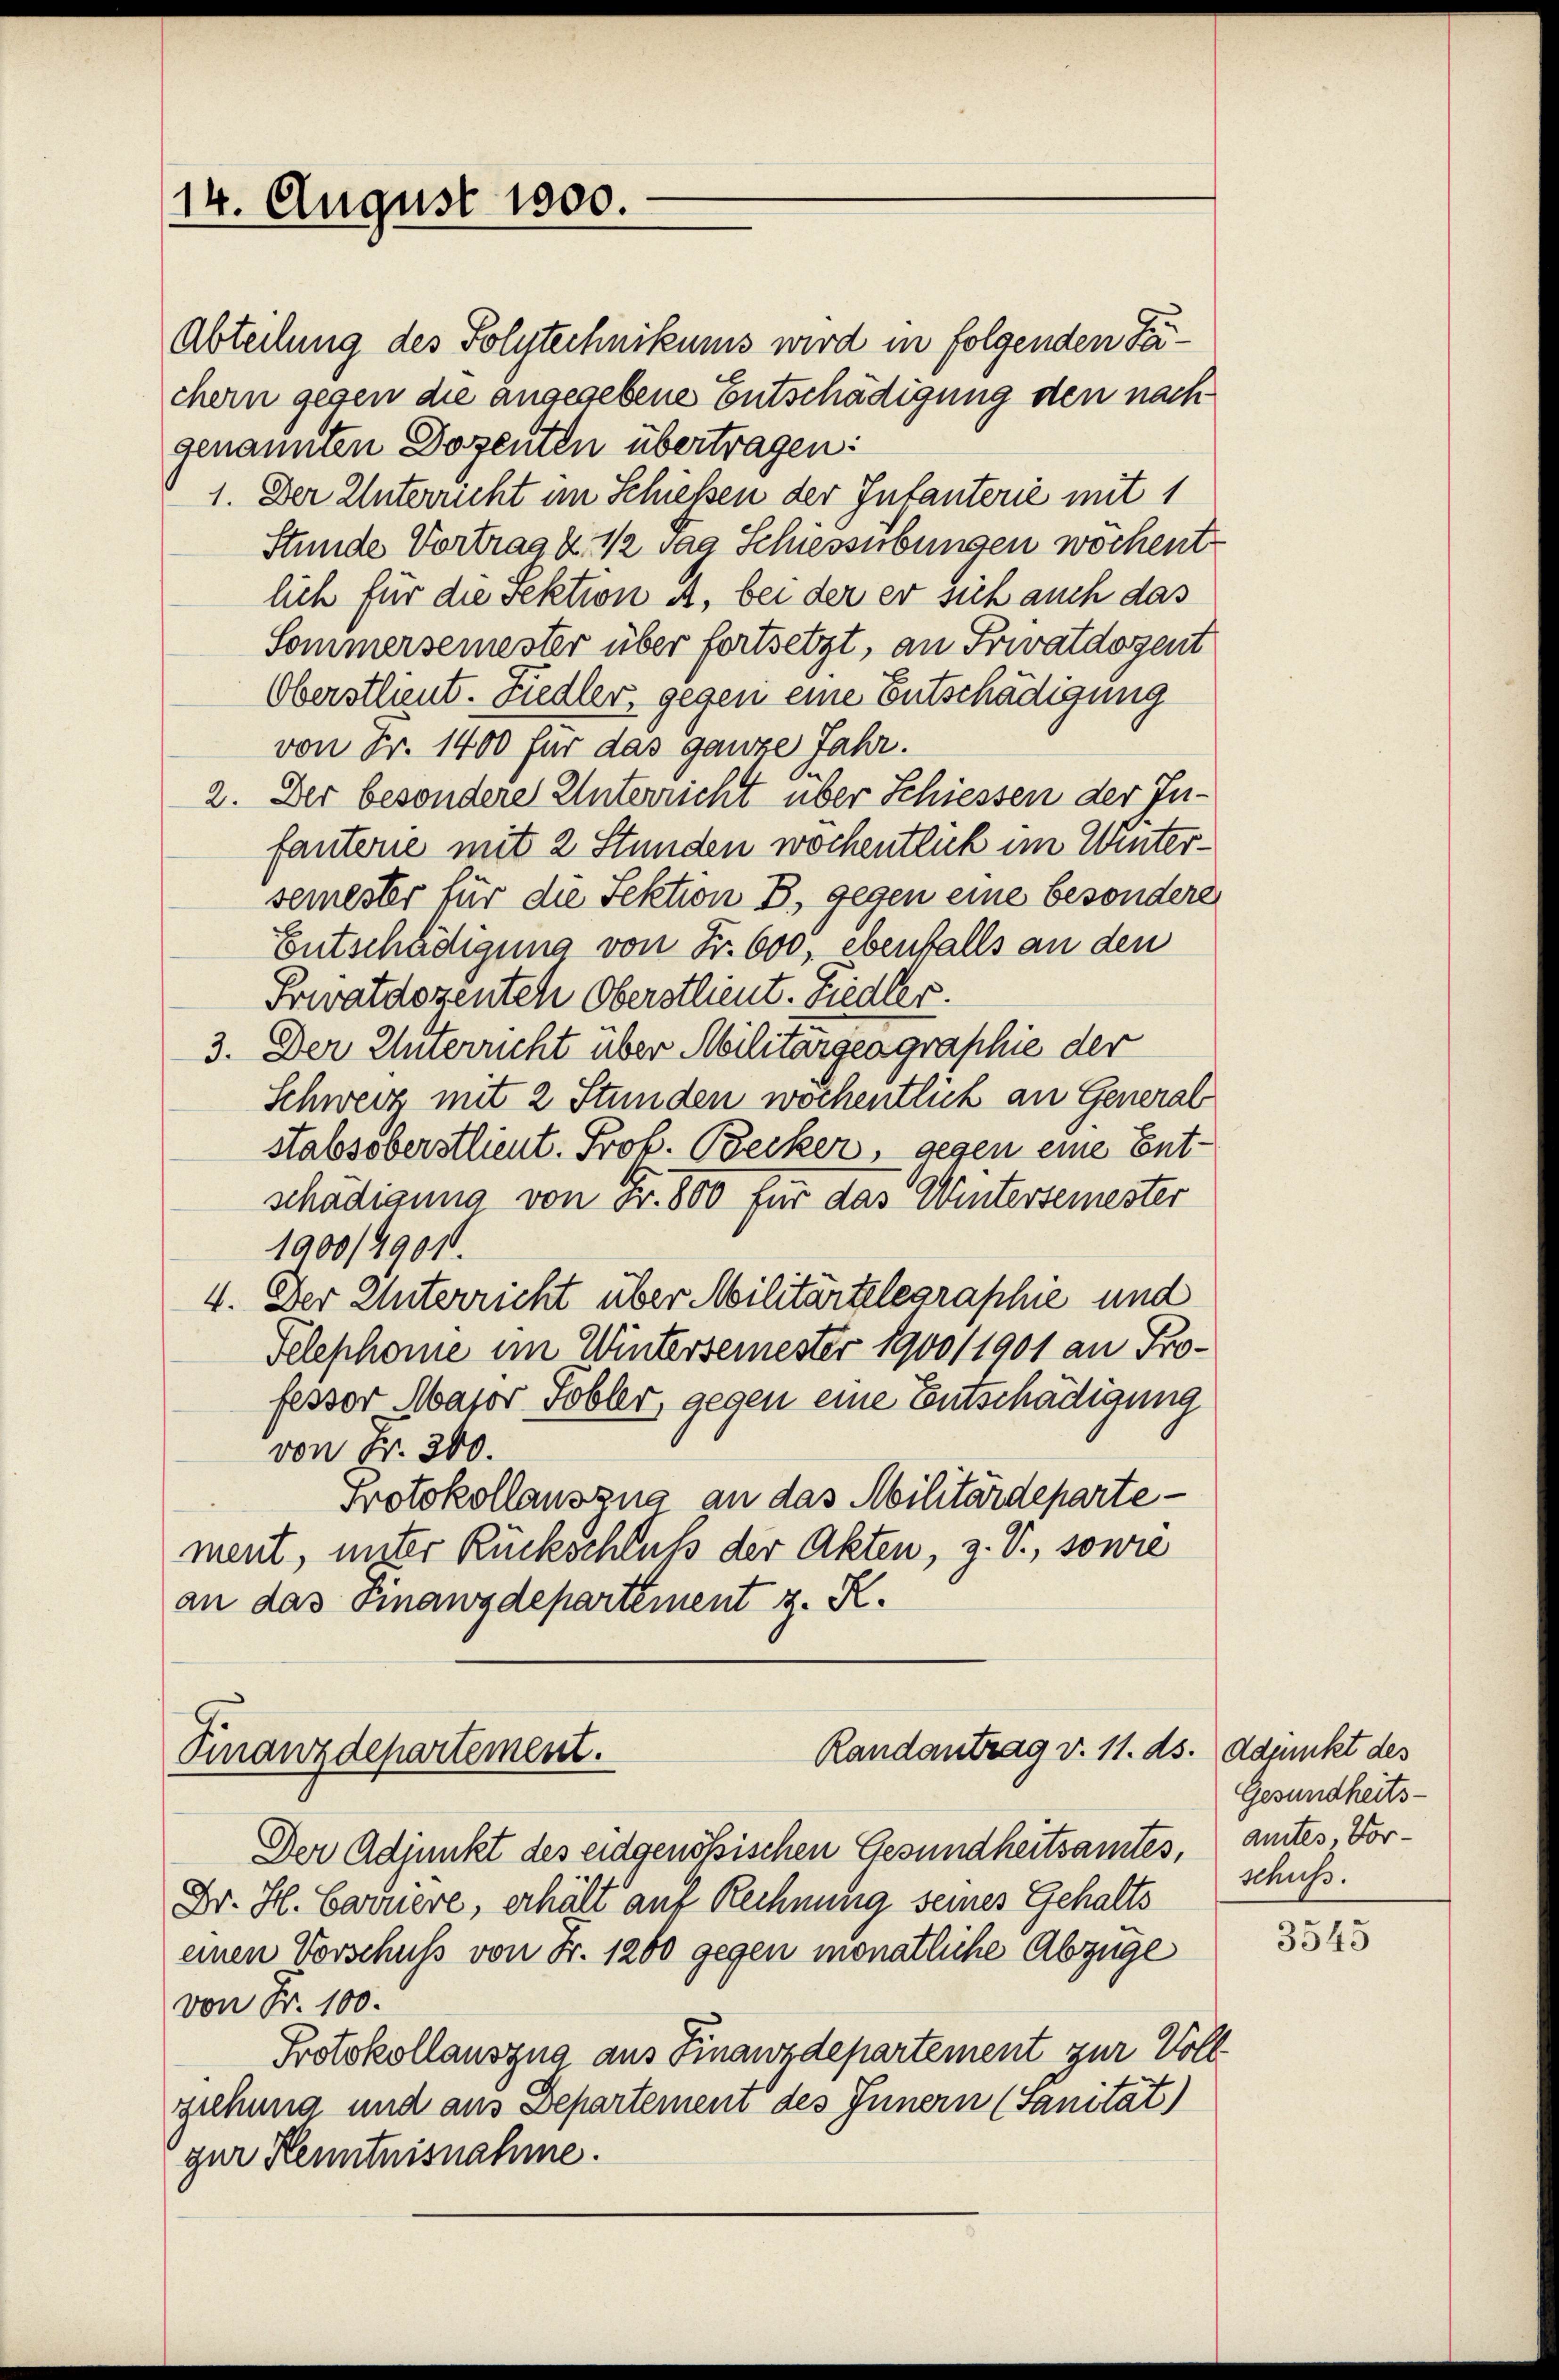
14. August 1800.

Randantrag v. 11. ds. Adjunkt des
Finanzdepartement.

Abteilung des Polytechnikums wird in folgenden Fachern gegen die angegebene Entschädigung den nach
genannten Dozenten übertragen:
1. Der Unterricht im Schiessen der Infanterie mit 1
Stunde Vortrag u. ½ vaa Schiessübungen wöchent
lich für die Sektion A. bei der er sich auch das
Sommersemester über fortsetzt, an Privatdozent
Oberstlieut. Fiedler, gegen eine Entschädigung
von Fr. 1400 für das ganze Jahr.
2. Der besondere Unterricht über Schiessen der Infauterie mit 2 Stunden wochentlich im Wintersemester für die Sektion B., gegen eine besondere
Entschädigung von Fr. 600, ebenfalls an den
Privatdozenten Oberstlieut. Siedler.
3. Der Unterricht über Militärgeagraphie der
Schweiz mit 2 Stunden wochentlich an General
stabsoberstlieut. Prok. Becker, gegen eine Entschädigung von Fr. 800 für das Wintersemester
1900/1901.
4. Der Unterricht über Militärtelegraphie und
Telephome im Wintersemester 1900/1901 an Professor Major Tobler, gegen eine Entschädigung
von Fr. 300.
Protokollauszug an das Militärdeparte -
ment, unter Rückschluß der Akten, z. V., sowie
an das Finanzdepartement z. R.

Gesundheits-
schuss.

Der Adjunkt des eidgenössischen Gesundheitsamtes, antes, Vor¬
Dr. H. Carriere, erhält auf Rechnung seines Gehalts
einen Vorschuss von Fr. 1260 gegen monatliche Abzüge
von Fr. 100.
Protokollauszug aus Finanzdepartement zur Vollziehung und aus Departement des Innern (Sanität)
ger Kenntnisnahme.

3545